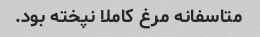
متاسفانه مرغ کاملا نپخته بود.